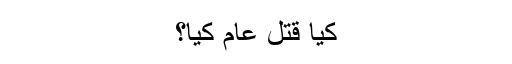
کیا قتل عام کیا؟